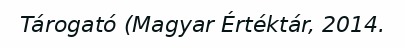
Tárogató (Magyar Értéktár, 2014.